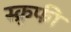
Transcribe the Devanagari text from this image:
स्क्रुफी